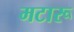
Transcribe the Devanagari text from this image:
मटारू